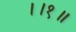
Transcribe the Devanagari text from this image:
।।१॥